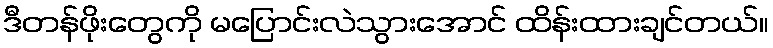
ဒီတန်ဖိုးတွေကို မပြောင်းလဲသွားအောင် ထိန်းထားချင်တယ်။